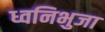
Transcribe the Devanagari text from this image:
ध्वनिभुजा